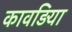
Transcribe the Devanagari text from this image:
कावड़िया